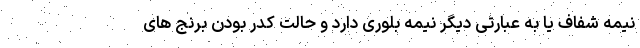
نیمه شفاف یا به عبارتی دیگر نیمه بلوری دارد و حالت کدر بودن برنج های